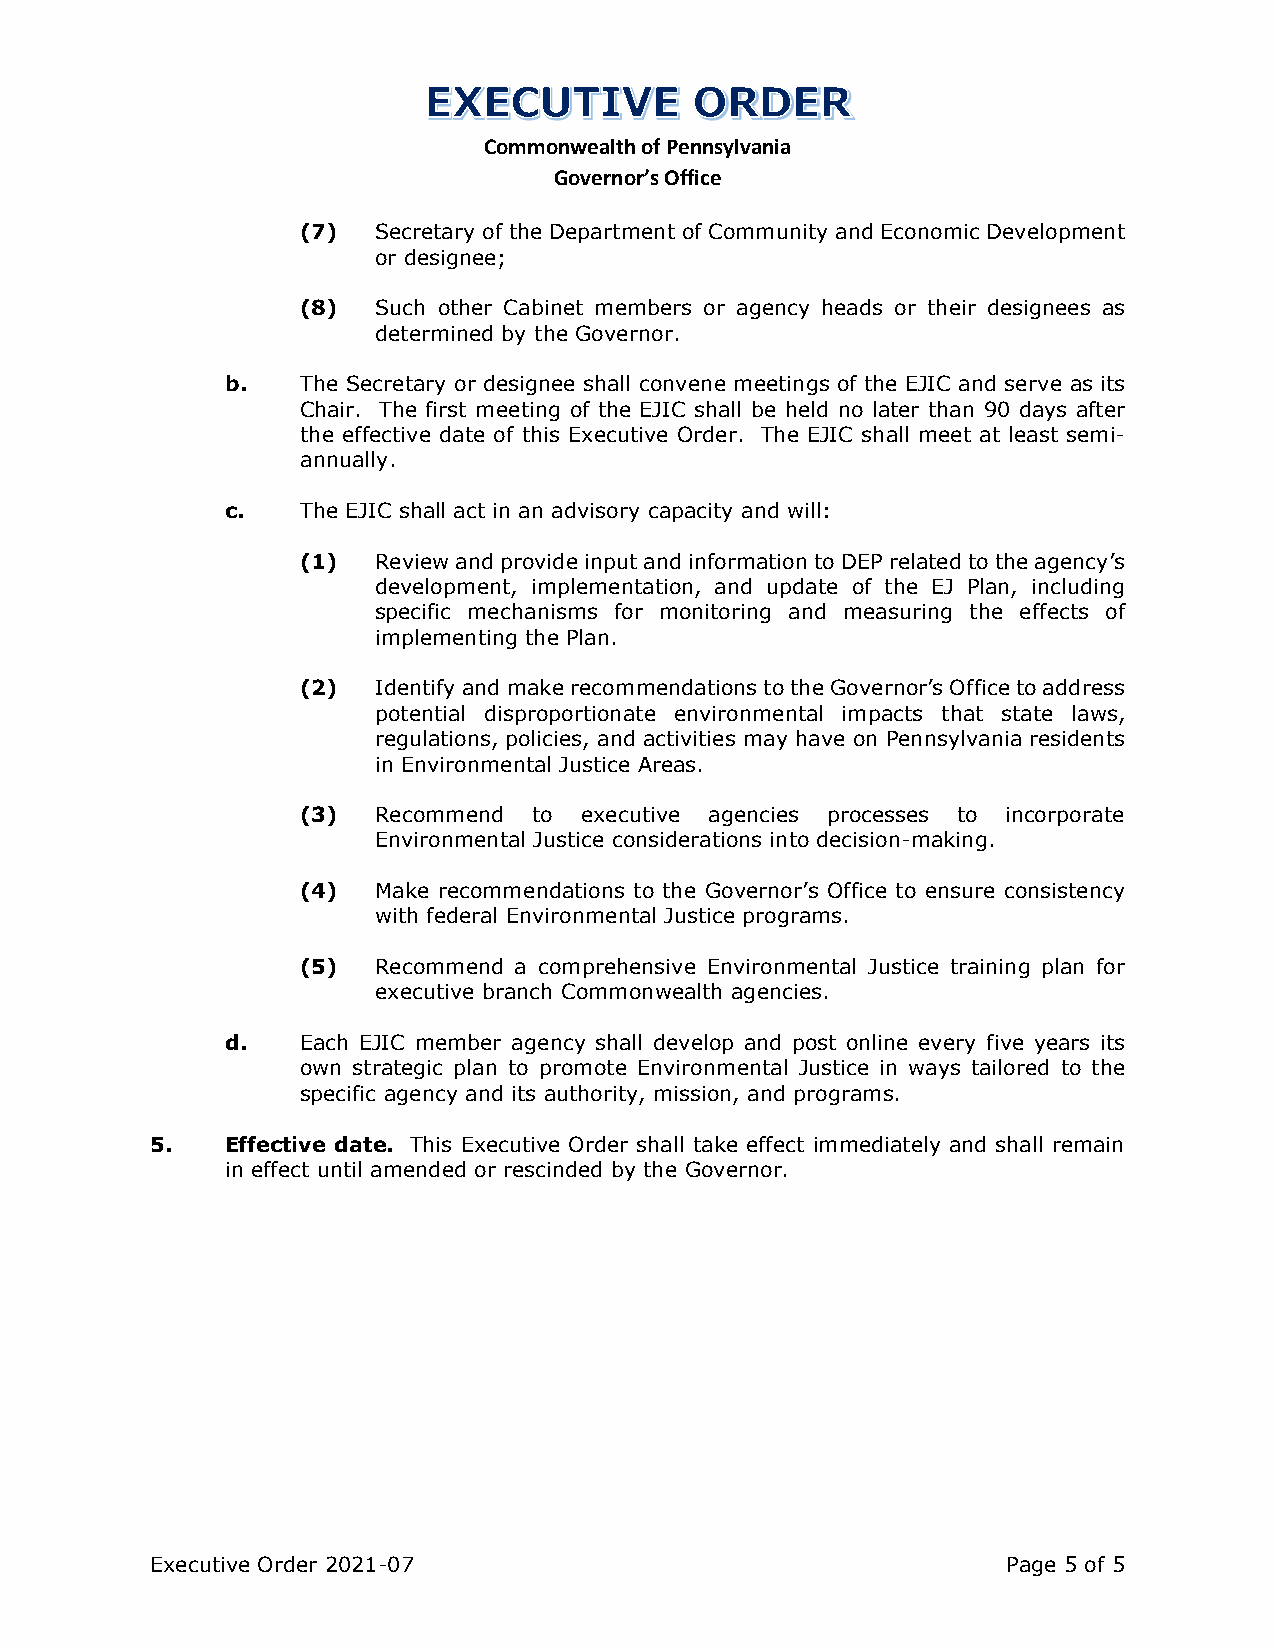
Commonwealth of Pennsylvania
 Governor’s Office
 (7)  Secretary of the Department of Community and Economic Development
 or designee;
 (8)  Such other Cabinet members or agency heads or their designees as
 determined by the Governor.
 b.   The Secretary or designee shall convene meetings of the EJIC and serve as its
 Chair. The first meeting of the EJIC shall be held no later than 90 days after
 the effective date of this Executive Order. The EJIC shall meet at least semi-
 annually.
 c.   The EJIC shall act in an advisory capacity and will:
 (1)  Review and provide input and information to DEP related to the agency’s
 development, implementation, and update of the EJ Plan, including
 specific mechanisms for monitoring and measuring the effects of
 implementing the Plan.
 (2)  Identify and make recommendations to the Governor’s Office to address
 potential disproportionate environmental impacts that state laws,
 regulations, policies, and activities may have on Pennsylvania residents
 in Environmental Justice Areas.
 (3)  Recommend to executive agencies processes to incorporate
 Environmental Justice considerations into decision-making.
 (4)  Make recommendations to the Governor’s Office to ensure consistency
 with federal Environmental Justice programs.
 (5)  Recommend a comprehensive Environmental Justice training plan for
 executive branch Commonwealth agencies.
 d.   Each EJIC member agency shall develop and post online every five years its
 own strategic plan to promote Environmental Justice in ways tailored to the
 specific agency and its authority, mission, and programs.
 5.   Effective date. This Executive Order shall take effect immediately and shall remain
 in effect until amended or rescinded by the Governor.
 Executive Order 2021-07                                  Page 5 of 5